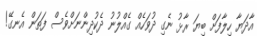
އާދަޔާ ހިލާފަށް ބިޔަ ރާޅު ނެގި ދުވަހެއް ގެއްލުނު ދެކުދިންނަށްވެސް ފަތަން އެނގޭ!